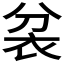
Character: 𮕮